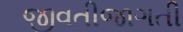
જીવતીજાગતી